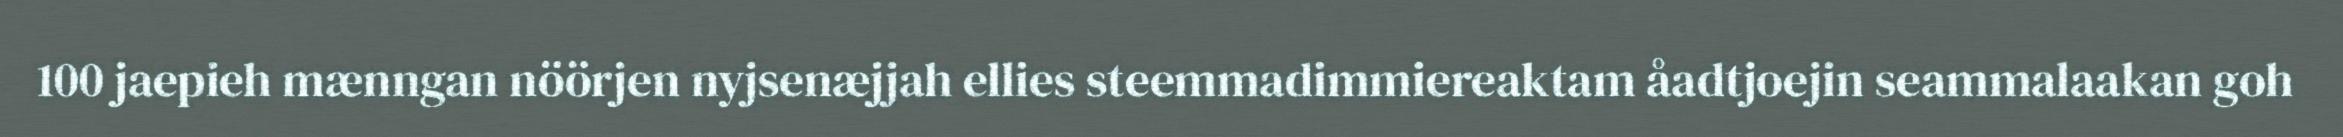
100 jaepieh mænngan nöörjen nyjsenæjjah ellies steemmadimmiereaktam åadtjoejin seammalaakan goh